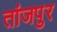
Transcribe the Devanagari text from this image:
तांजपुर